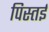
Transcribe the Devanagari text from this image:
पिस्तई